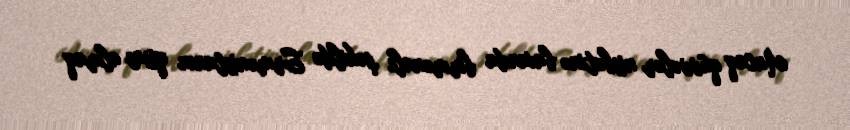
Ancaq qüvvələr nisbətinə baxanda birmənalı şəkildə Ermənistanın qisas almaq